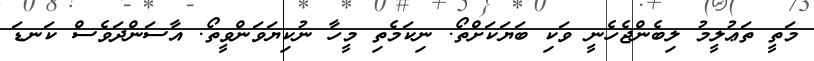
މަތީ ތަޢުލީމު ލިބެންޖެހެނީ ވަކި ބަޔަކަށްތޯ. ނިކަމެތި މީހާ ނުކިޔަވަންވީތޯ. އާސަންދަވެސް ކަނޑަ